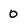
Character: 0